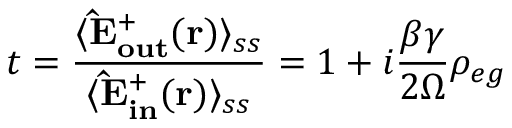
t = \frac { \langle { \bf \hat { E } _ { o u t } ^ { + } ( { \bf r } ) } \rangle _ { s s } } { \langle { \bf \hat { E } _ { i n } ^ { + } ( { \bf r } ) } \rangle _ { s s } } = 1 + i \frac { \beta \gamma } { 2 \Omega } \rho _ { e g }